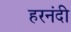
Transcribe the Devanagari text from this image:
हरनंदी